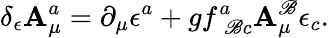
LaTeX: \delta_{\epsilon}\mathbf{A}_{\mu}^{a}=\partial_{\mu}\epsilon^{a}+gf_{\; \mathscr{B}c}^{a}\mathbf{A}_{\mu}^{\mathscr{B}}\epsilon_{c}.